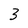
Character: 3